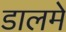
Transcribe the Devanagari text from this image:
डालमे